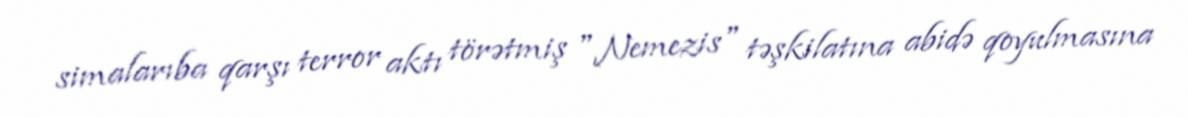
simalarıba qarşı terror aktı törətmiş "Nemezis" təşkilatına abidə qoyulmasına